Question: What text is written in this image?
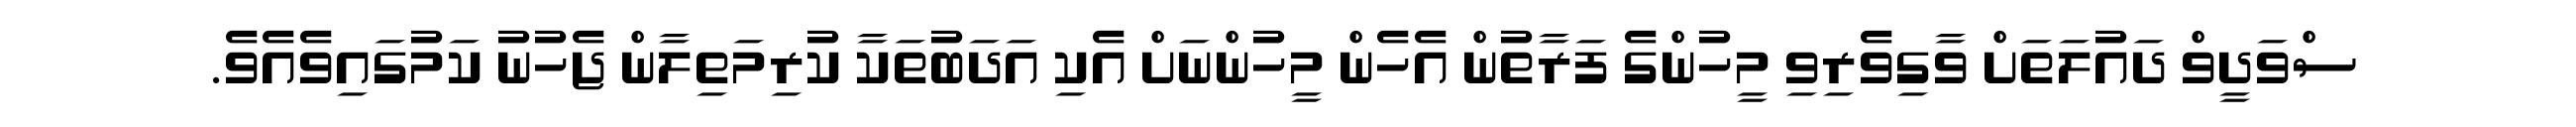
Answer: ސްވަދީވް ދައުލަތަށް ވާގިވެރިވި މީހުންގެ ފަރާތުން އެހެން މީހުންނަށް އެކި އަދަބުތަކާ ކުރިމަތިލާން ޖެހުނު ކަމުގައިވެއެވެ.